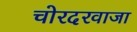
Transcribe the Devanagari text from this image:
चोरदरवाजा